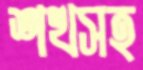
শখসহ